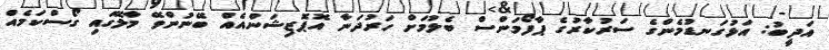
އަދީބު: އަޅުގަނޑުމެންގެ ސަރުކާރުގެ ޕާފޯމަންސް ބެލުމަށް ހަރުދަނާ އޮޕޮޒިޝަންއެއް ބޭނުންވޭ މާލޭގައި ގޯސްކަމެއް